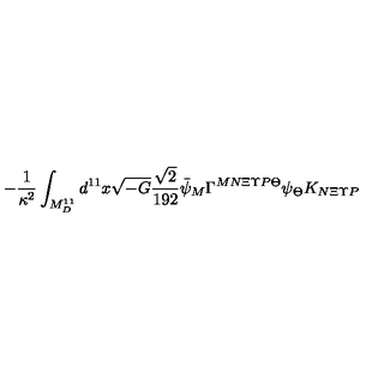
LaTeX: - \frac { 1 } { \kappa ^ { 2 } } \int _ { M _ { D } ^ { 1 1 } } d ^ { 1 1 } x \sqrt { - G } \frac { \sqrt { 2 } } { 1 9 2 } \bar { \psi } _ { M } \Gamma ^ { M N \Xi \Upsilon P \Theta } \psi _ { \Theta } K _ { N \Xi \Upsilon P }